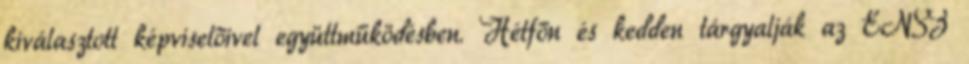
kiválasztott képviselőivel együttműködésben. Hétfőn és kedden tárgyalják az ENSZ